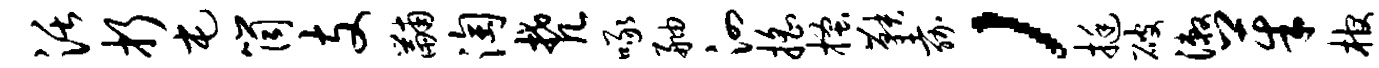
活折屯筒支黼淘梵啄舳泗摇搔鞅嘉，挺破漱茱棺